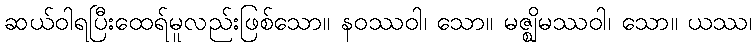
ဆယ်ဝါရပြီးထေရ်မူလည်းဖြစ်သော။ နဝဿဝါ၊ သော။ မဇ္ဈိမဿဝါ၊ သော။ ယဿ၊